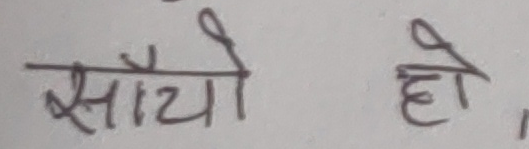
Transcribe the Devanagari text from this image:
साँचो हो।